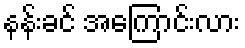
နန်းခင် အကြောင်းလား